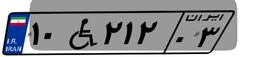
۱۰W۲۱۲۰۳